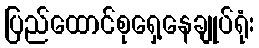
ပြည်ထောင်စုရှေ့နေချုပ်ရုံး